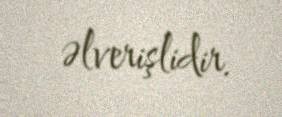
əlverişlidir.